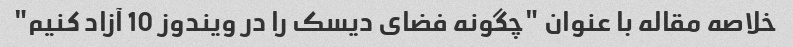
خلاصه مقاله با عنوان "چگونه فضای دیسک را در ویندوز 10 آزاد کنیم"